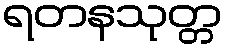
ရတနသုတ္တ